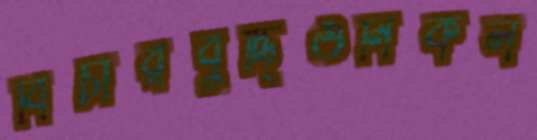
বিচারবুদ্ধিওনিকল